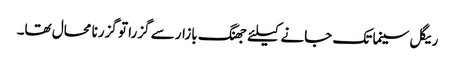
ریگل سینما تک جانے کیلئے جھنگ بازار سے گزرا تو گزرنا محال تھا۔